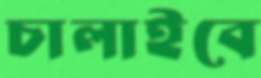
চালাইবে